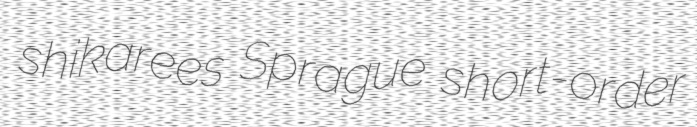
shikarees Sprague short-order